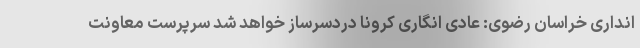
انداری خراسان رضوی: عادی ‌انگاری کرونا دردسرساز خواهد شد سرپرست معاونت